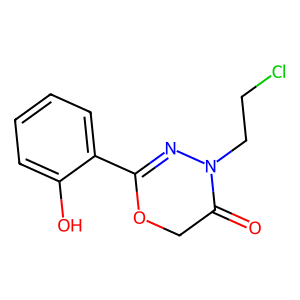
SMILES: O=C1COC(c2ccccc2O)=NN1CCCl
Inhibits HIV replication: No